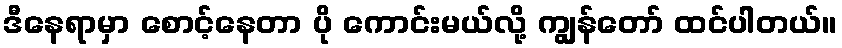
ဒီနေရာမှာ စောင့်နေတာ ပို ကောင်းမယ်လို့ ကျွန်တော် ထင်ပါတယ်။